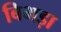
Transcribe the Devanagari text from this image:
बिभड़ा